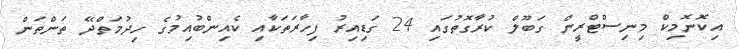
އިކޮނޮމިކް މިނިސްޓްރީން ގަބޫލް ކުރާގޮތުގައި 24 ގަޑިއިރު ފިހާރަތަކާއި ކެއިންބުއިމުގެ ހިދުމަތްދޭ ތަންތަން